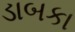
ડાબકા